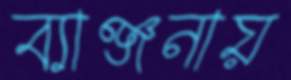
ব্যাঞ্জনায়